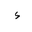
Letter: _hamza